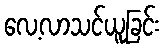
လေ့လာသင်ယူခြင်း